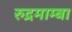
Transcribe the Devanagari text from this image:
रुद्रमाम्बा